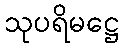
သုပရိမဋ္ဌေ